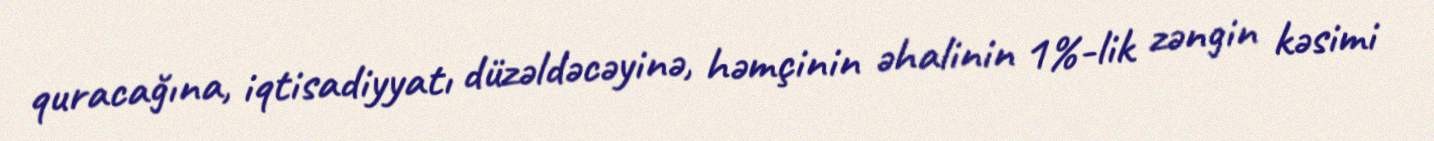
quracağına, iqtisadiyyatı düzəldəcəyinə, həmçinin əhalinin 1%-lik zəngin kəsimi